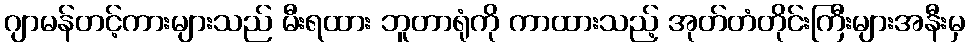
ဂျာမန်တင့်ကားများသည် မီးရထား ဘူတာရုံကို ကာထားသည့် အုတ်တံတိုင်းကြီးများအနီးမှ